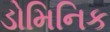
ડોમિનિક